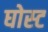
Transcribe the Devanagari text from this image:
घोस्‍ट